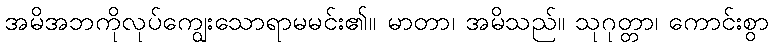
အမိအဘကိုလုပ်ကျွေးသောရာမမင်း၏။ မာတာ၊ အမိသည်။ သုဂုတ္တာ၊ ကောင်းစွာ